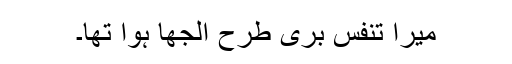
میرا تنفس بری طرح الجھا ہوا تھا۔